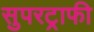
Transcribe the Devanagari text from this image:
सुपरट्राफी